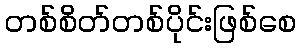
တစ်စိတ်တစ်ပိုင်းဖြစ်စေ